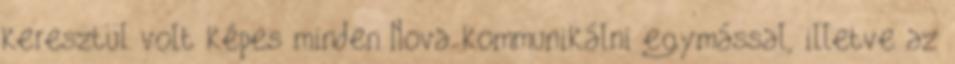
keresztül volt képes minden Nova kommunikálni egymással, illetve az